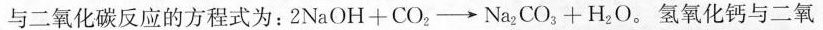
与二氧化碳反应的方程式为：2NaOH+CO_{2}\rightarrow Na_{2}CO_{3}+H_{2}O。氢氧化钙与二氧